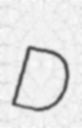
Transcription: D